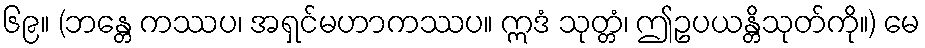
၆၉။ (ဘန္တေ ကဿပ၊ အရှင်မဟာကဿပ။ ဣဒံ သုတ္တံ၊ ဤဥပယန္တိသုတ်ကို။) မေ